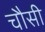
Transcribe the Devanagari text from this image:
चौसी